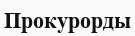
Прокурорды